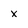
Character: x